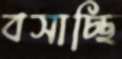
বসাচ্ছি